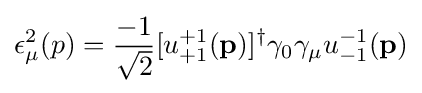
\epsilon _{\mu }^{2}(p)={-1 \over {\sqrt {2}}}[u_{+1}^{+1}(\mathbf {p} )]^{\dagger }\gamma _{0}\gamma _{\mu }u_{-1}^{-1}(\mathbf {p} )